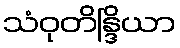
သံဝုတိန္ဒြိယာ